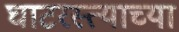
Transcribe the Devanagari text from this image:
घाटरस्त्याच्या